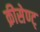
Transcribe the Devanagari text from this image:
क्रीसेण्ट्